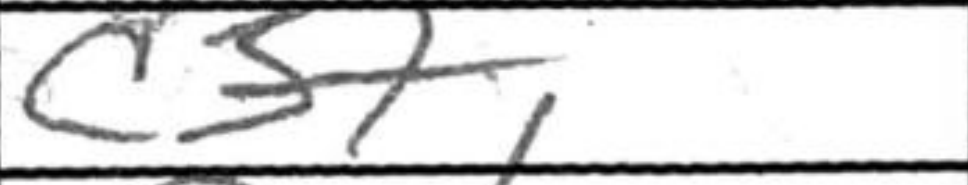
Transcription: c3+